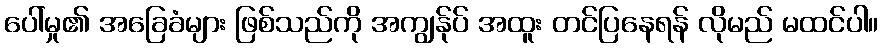
ပေါ်မှု၏ အခြေခံများ ဖြစ်သည်ကို အကျွန်ုပ် အထူး တင်ပြနေရန် လိုမည် မထင်ပါ။